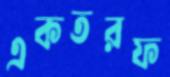
একতরফ